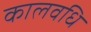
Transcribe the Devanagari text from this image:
कालवधि